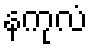
နကုလံ